Scientific memoirs by medical officers of the Army of India - Part VII,
Year: 1892
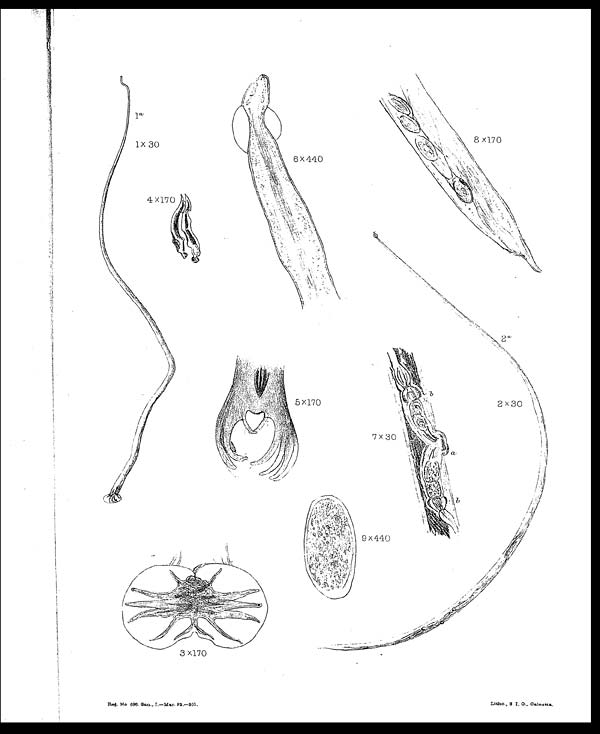
Reg. No 696. San., I.—Mar. 92.—301.
Litho., S. I. O., Calcutta.